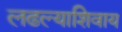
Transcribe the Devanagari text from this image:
लढल्याशिवाय